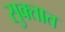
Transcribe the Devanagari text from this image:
सुक्तात